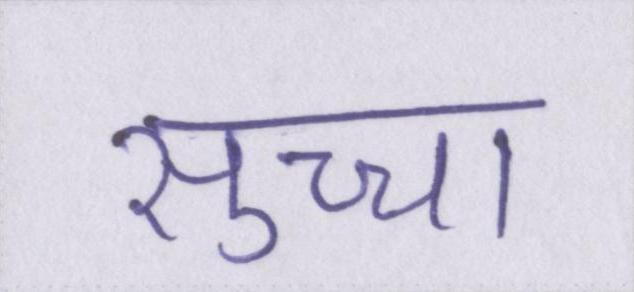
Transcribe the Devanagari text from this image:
सुच्चा